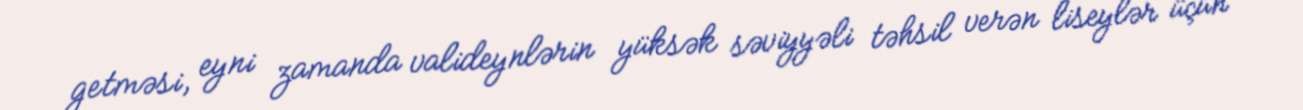
getməsi, eyni zamanda valideynlərin yüksək səviyyəli təhsil verən liseylər üçün